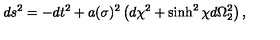
d s ^ { 2 } = - d t ^ { 2 } + a ( \sigma ) ^ { 2 } \left( d \chi ^ { 2 } + \sinh ^ { 2 } \chi d \Omega _ { 2 } ^ { 2 } \right) ,